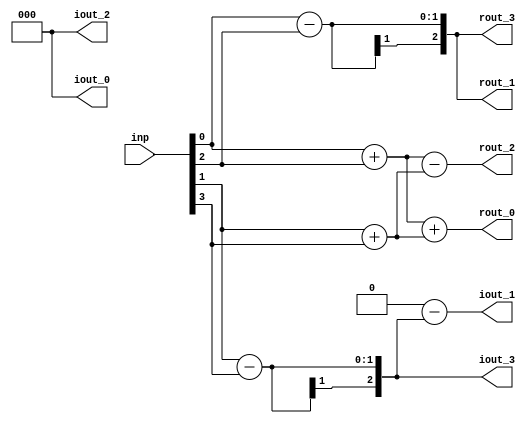
module fft2 (inp, rout_0, rout_1, rout_2, rout_3, iout_0, iout_1, iout_2, iout_3);
	input [3:0] inp; 
	output [2:0] rout_0;
	output [2:0] rout_1;
	output [2:0] rout_2;
	output [2:0] rout_3;
	
	output [2:0] iout_0;
	output [2:0] iout_1;
	output [2:0] iout_2;
	output [2:0] iout_3;
	
	wire [2:0] fft1_0;
	wire [2:0] fft1_1;
	wire [2:0] fft2_0;
	wire [2:0] fft2_1;

	// STAGE-1	
	assign fft1_0 = inp[0] + inp[2];
	assign fft1_1 = inp[0] - inp[2];
	assign fft2_0 = inp[1] + inp[3];
	assign fft2_1 = inp[1] - inp[3];
	
	// STAGE-2
	assign rout_0 = fft1_0 + fft2_0;
	assign iout_0 = 0;

	assign rout_1 = fft1_1;
	assign iout_1 = 0 - fft2_1;

	assign rout_2 = fft1_0 - fft2_0;
	assign iout_2 = 0;

	assign rout_3 = fft1_1;
	assign iout_3 = fft2_1;

endmodule